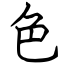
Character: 色